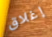
إغلاق